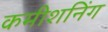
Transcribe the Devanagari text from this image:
कमीशनिंग